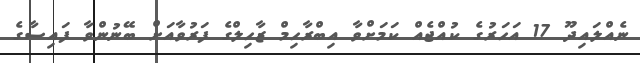
ނެއްލައިދޫ 17 އަހަރުގެ ކުއްޖެއް ކަމަށްވާ އިބްރާހިމް ޒާހިލްގެ ފަރުވާއަށް ބޭނުންވާ ފައިސާގެ